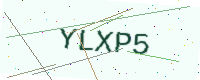
Text: YLXP5